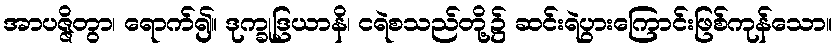
အာပဇ္ဇိတွာ၊ ရောက်၍။ ဒုက္ခုဒြယာနိ၊ ငရဲစသည်တို့၌ ဆင်းရဲပွားကြောင်းဖြစ်ကုန်သော။